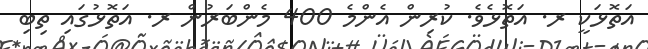
އަތޮޅަކީ ރ. އަތޮޅެވެ. ކުރިން އެންމެ 400 މެންބަރުން ރ. އަތޮޅުގައި ތިބި